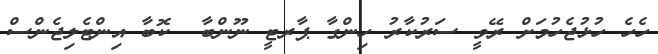
ހެހެ ހުޅުޖެހުމަށް ރޭވީ ސަރުކާރު ހިންގާ ޕާރޓީ ނޫންބާ  ކޮބާ އިންޓެލިޖެންސް